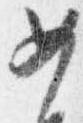
女